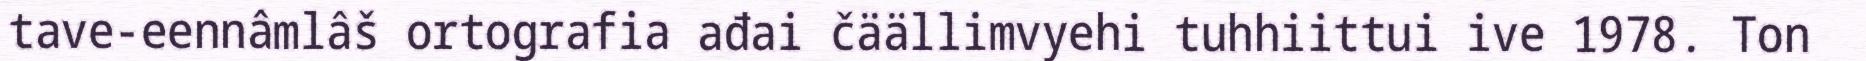
tave-eennâmlâš ortografia ađai čäällimvyehi tuhhiittui ive 1978. Ton